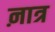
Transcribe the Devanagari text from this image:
ऩात्र